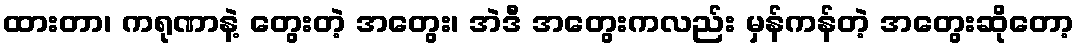
ထားတာ၊ ကရုဏာနဲ့ တွေးတဲ့ အတွေး၊ အဲဒီ အတွေးကလည်း မှန်ကန်တဲ့ အတွေးဆိုတော့